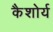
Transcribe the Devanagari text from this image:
कैशोर्य